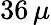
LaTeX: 36\, \mu